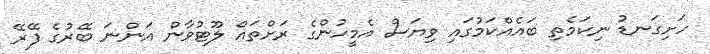
ހަށިގަނޑު ނިކަމެތި ބައެއްކަމުގައި ވިޔަސް އެމީހުންގެ ރަށްތައް ލޫޓުވާން އަންނަ ބޭރުގެ ފޭރޭ